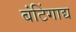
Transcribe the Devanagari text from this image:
बंटिंगाद्य